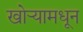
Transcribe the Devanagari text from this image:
खोर्‍यामधून